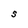
Character: S